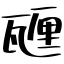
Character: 甅